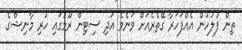
ތިން ފުލުހުން އެއްފަހަރާ ގޭތެރެއަށް ވަނެވެ އަދި ސިޓިން ރޫމުގައި ހުރި މާނިޝްގެ